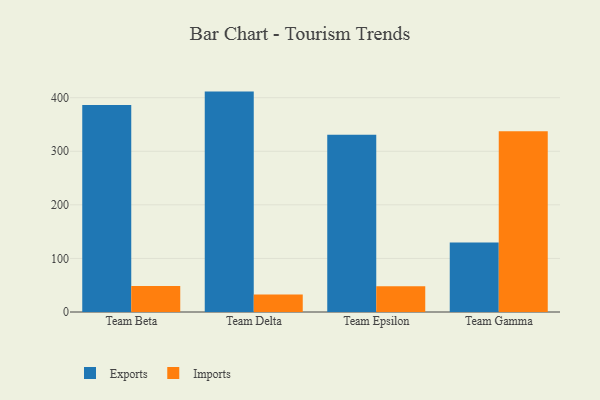
{"axis": {"x": "Team", "y": "Conversion Rate (%)"}, "legend": ["Exports", "Imports"], "data": [{"x": "Team Beta", "y": 386.5, "type": "Exports"}, {"x": "Team Beta", "y": 48.7, "type": "Imports"}, {"x": "Team Delta", "y": 411.4, "type": "Exports"}, {"x": "Team Delta", "y": 32.7, "type": "Imports"}, {"x": "Team Epsilon", "y": 331.0, "type": "Exports"}, {"x": "Team Epsilon", "y": 47.9, "type": "Imports"}, {"x": "Team Gamma", "y": 129.7, "type": "Exports"}, {"x": "Team Gamma", "y": 337.5, "type": "Imports"}]}